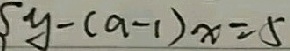
y - ( a - 1 ) x = 5